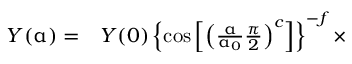
\begin{array} { r l } { Y ( \upalpha ) = } & { { } Y ( 0 ) \left\{ \mathrm { c o s } \left[ \left( \frac { \upalpha } { \upalpha _ { 0 } } \frac { \pi } { 2 } \right) ^ { c } \right] \right\} ^ { - f } \times } \end{array}